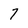
Character: 7